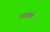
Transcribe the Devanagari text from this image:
आठवावे